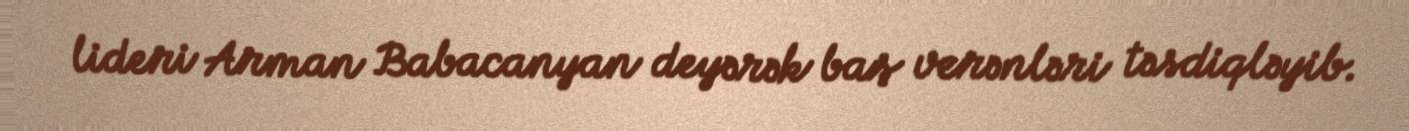
lideri Arman Babacanyan deyərək baş verənləri təsdiqləyib.